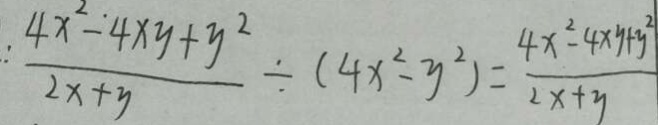
\frac { 4 x ^ { 2 } - 4 x y + y ^ { 2 } } { 2 x + y } \div ( 4 x ^ { 2 } - y ^ { 2 } ) = \frac { 4 x ^ { 2 } - 4 x y + y ^ { 2 } } { 2 x + y }